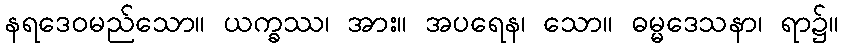
နရဒေဝမည်သော။ ယက္ခဿ၊ အား။ အပရေန၊ သော။ ဓမ္မဒေသနာ၊ ရာ၌။